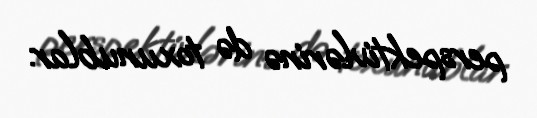
perspektivlərinə də toxunublar.